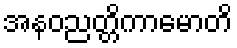
အနဝညတ္တိကာမောတိ